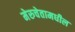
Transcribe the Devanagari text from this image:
मेरुचेतामधील